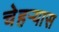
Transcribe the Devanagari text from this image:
चेहर्‍यास